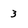
Character: 3